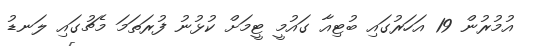
އުމުރުން 19 އަހަރުގައި ބުޓިއާ ގައުމީ ޓީމަށް ކުޅުނު ފުރަތަމަ މެޗުގައި ލަނޑު